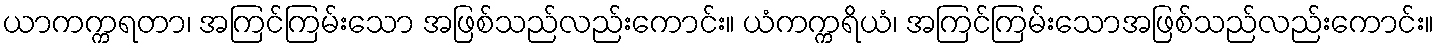
ယာကက္ကရတာ၊ အကြင်ကြမ်းသော အဖြစ်သည်လည်းကောင်း။ ယံကက္ကရိယံ၊ အကြင်ကြမ်းသောအဖြစ်သည်လည်းကောင်း။